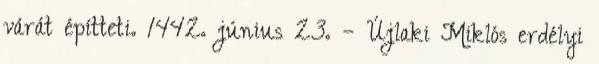
várát építteti. 1442. június 23. – Újlaki Miklós erdélyi